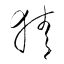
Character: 猜